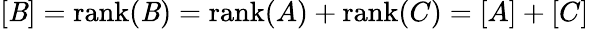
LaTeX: [\mathit{B}]=\operatorname{rank}(\mathit{B})=\operatorname{rank}(A)+\operatorname{rank}(C)=[A]+[C]